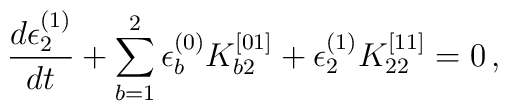
\frac{d\epsilon^{(1)}_2}{dt} + \sum^2_{b=1}\epsilon^{(0)}_{b}K^{[01]}_{b2}+\epsilon^{(1)}_2 K^{[11]}_{22} = 0\,,